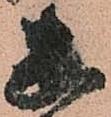
幽